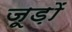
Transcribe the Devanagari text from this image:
जूड़ों